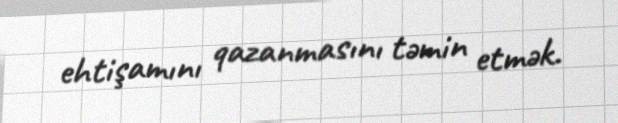
ehtişamını qazanmasını təmin etmək.